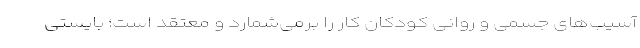
آسیب‌های جسمی و روانی کودکان کار را برمی‌شمارد و معتقد است؛ بایستی